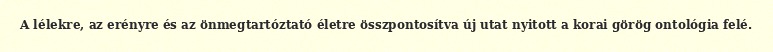
A lélekre, az erényre és az önmegtartóztató életre összpontosítva új utat nyitott a korai görög ontológia felé.